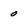
Character: 0